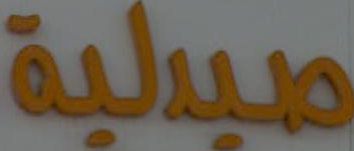
صيدلية